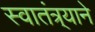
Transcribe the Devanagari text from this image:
स्वातंत्र्याने